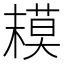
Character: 𱤒